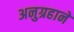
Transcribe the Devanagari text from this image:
अनुग्रहाने